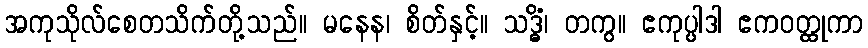
အကုသိုလ်စေတသိက်တို့သည်။ မနေန၊ စိတ်နှင့်။ သဒ္ဓိံ၊ တကွ။ ဧကုပ္ပါဒါ ဧကဝတ္ထုကာ